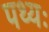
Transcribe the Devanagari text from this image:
पथ्यः